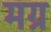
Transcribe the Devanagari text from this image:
मग्र